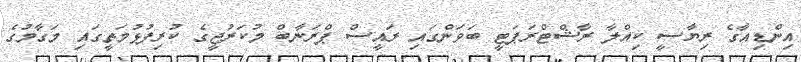
އިންޑިއާގެ ރިޔާސީ ކިއްލާ ރާޝްޓްރަޕަޓީ ބަވަންގައި ރައީސް ޕްރަނާބް މުކަރުޖީގެ ކުރިފުޅުމަތީގައި މަގާމުގެ